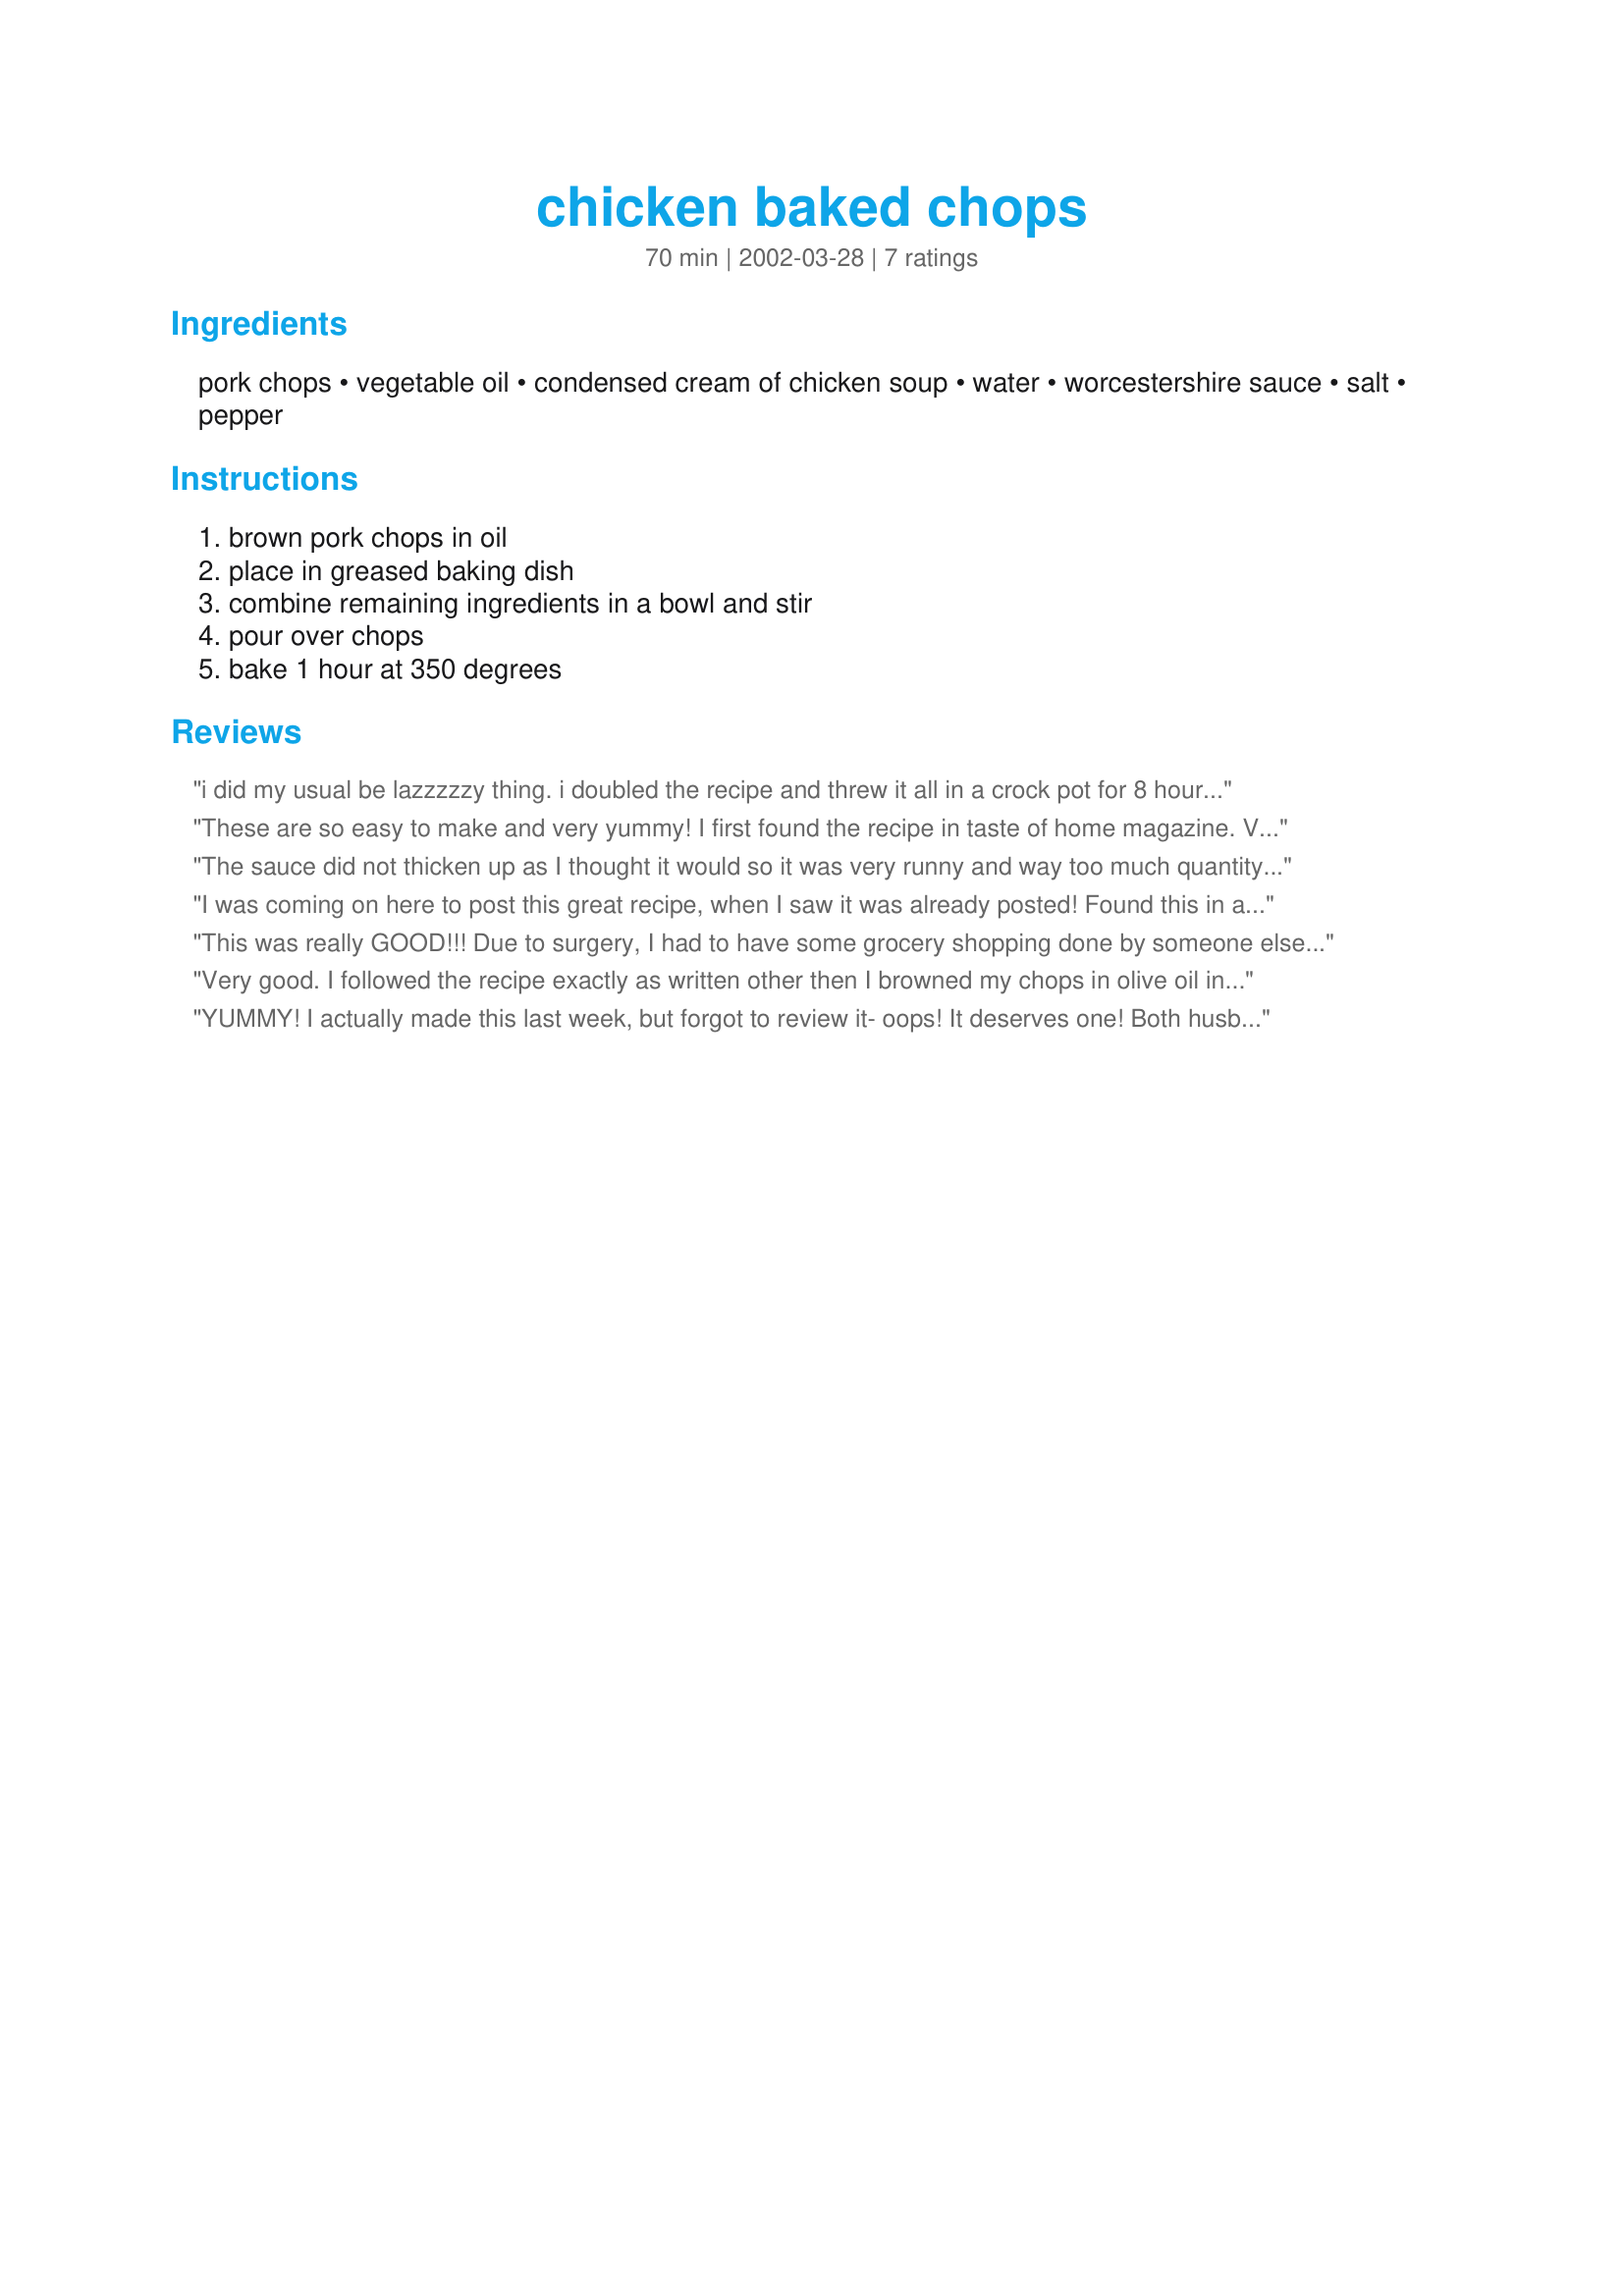
chicken baked chops
Preparation time: 70 minutes

Ingredients:
pork chops, vegetable oil, condensed cream of chicken soup, water, worcestershire sauce, salt, pepper

Steps:
brown pork chops in oil, place in greased baking dish, combine remaining ingredients in a bowl and stir, pour over chops, bake 1 hour at 350 degrees

Reviews:
i did my usual be lazzzzzy thing. i doubled the recipe and threw it all in a crock pot for 8 hours. did not brown the chops first, i told you i was lazy. really good, juicy,flavorful chops and the gravy was delicious.
These are so easy to make and very yummy! I first found the recipe in taste of home magazine. Very good with potatoes.
The sauce did not thicken up as I thought it would so it was very runny and way too much quantity. As I don't live in the US my soup tin was 420g which I think could be too much. Next time I'll try using less soup and water, the pork was nice and tender anyway.
I was coming on here to post this great recipe, when I saw it was already posted! Found this in an old issue of Quick Cooking and based on ease of preparation, knew I had to try it. Quite tasty, and easy on the budget too. I did cover the chops before baking, but that's the only change I made.
This was really GOOD!!! Due to surgery, I had to have some grocery shopping done by someone else - and they bought a few cans of cream of chicken instead of the usual mushroom - SO GLAD they did - I didn't brown first - just baked - for about 45 min - thin chops - and the sauce was GREAT!!! I really enjoyed this recipe!
Very good. I followed the recipe exactly as written other then I browned my chops in olive oil instead of vegetable oil. Like another reviewer, I worried about the amount of worcestshire sauce as it seems like a lot but it was perfect. I would not change a thing. I used thick chops and the one hour cooking time was perfect. I served with mashed potatoes and corn.
YUMMY!
I actually made this last week, but forgot to review it- oops! It deserves one! Both husband and I really enjoyed this. At first, I was concerned about 3 tablespoons of worcestershire sauce as it seemed like a big amount to me.. but I didn't change the recipe - made as is! I did smell a lot of the worcestershire as the chops were baking... but in the end, the flavors were just perfect. I love that the soup made a nice delicious tasting gravy ... we even put some over mashed potatoes.
The ONLY thing I would change next time is to alter the cooking time. I did use thin chops.. so 1 hour would have been WAY too long. I put them in for 45 minutes and even that was a little long... so next time I'll use thicker chops or just down the cooking time. Thanks for a great recipe!
